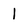
Character: l